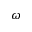
\omega